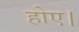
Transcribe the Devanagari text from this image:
होए।